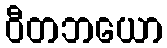
ဝီတဘယော